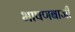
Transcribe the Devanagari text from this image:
भाषणबाजी